system: You are a helpful assistant.
user:
Analyze the provided spectrum to determine if it is a **"Cataclysmic Variables (CV)"**.

- **Key Indicators for CV (Check for either state):**
    - **State 1: Quiescent / Low-State (Emission-Dominated)**
        - **(Primary):** Strong and *very broad* Hydrogen Balmer emission lines (e.g., $H\alpha$ at 6563 Å, $H\beta$ at 4861 Å). The 'broadness' (high velocity dispersion, often FWHM > 1000 km/s) is the key diagnostic, indicating a high-velocity accretion disk.
        - **(Secondary):** Broad neutral Helium (He I) emission lines (e.g., 5876 Å, 6678 Å).
        - **(Key Confirmation):** Presence of high-excitation *ionized* Helium (He II) emission at 4686 Å. This is a strong indicator of accretion onto a white dwarf.
        - **(Line Profile):** Emission lines may exhibit a 'double-peaked' profile, which is a classic signature of a rotating accretion disk viewed at high inclination.

    - **State 2: Outburst / High-State (Absorption-Dominated)**
        - **(Primary):** Spectrum is dominated by a bright, blue continuum (looks like a hot star).
        - **(Secondary):** The emission lines from State 1 are weak, absent, or 'filled in', and are replaced by broad, shallow *absorption* lines (primarily Balmer and He I).
        - **(Morphology):** The overall spectrum mimics a hot B/A-type star. The crucial difference is that the absorption lines are significantly broader, shallower, and more 'washed-out' (or 'smeared') than the sharp lines of a normal stellar photosphere, due to high rotational speeds and pressure broadening in the disk.

Think first, call **spectral_visualization_tool** if needed to examine features in detail, then provide your final answer. Your response must adhere to the following strict rules:
1.  **Overall Structure:** Your response must follow the format `<think>...</think> <tool_call>...</tool_call> (if a tool is used) <answer>...</answer>`.
2.  **Tool Usage Constraint:** You may only make **one** tool call per turn.
3.  **Final Answer Format:** In the `<answer>` tag, your conclusion must be inside a `\boxed{}` command (e.g., `\boxed{YES}`), followed by your justification.

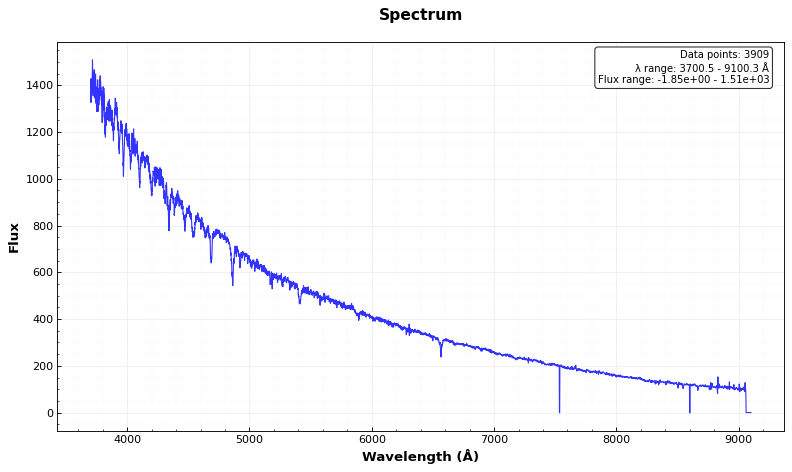
Answer: NO